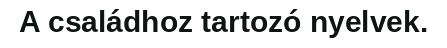
A családhoz tartozó nyelvek.